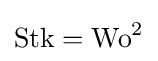
{\text{Stk}}={\text{Wo}}^{2}